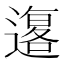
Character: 𲅼